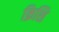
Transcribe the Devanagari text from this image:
क्रिशि